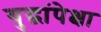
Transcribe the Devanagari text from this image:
युद्धांपेक्षा